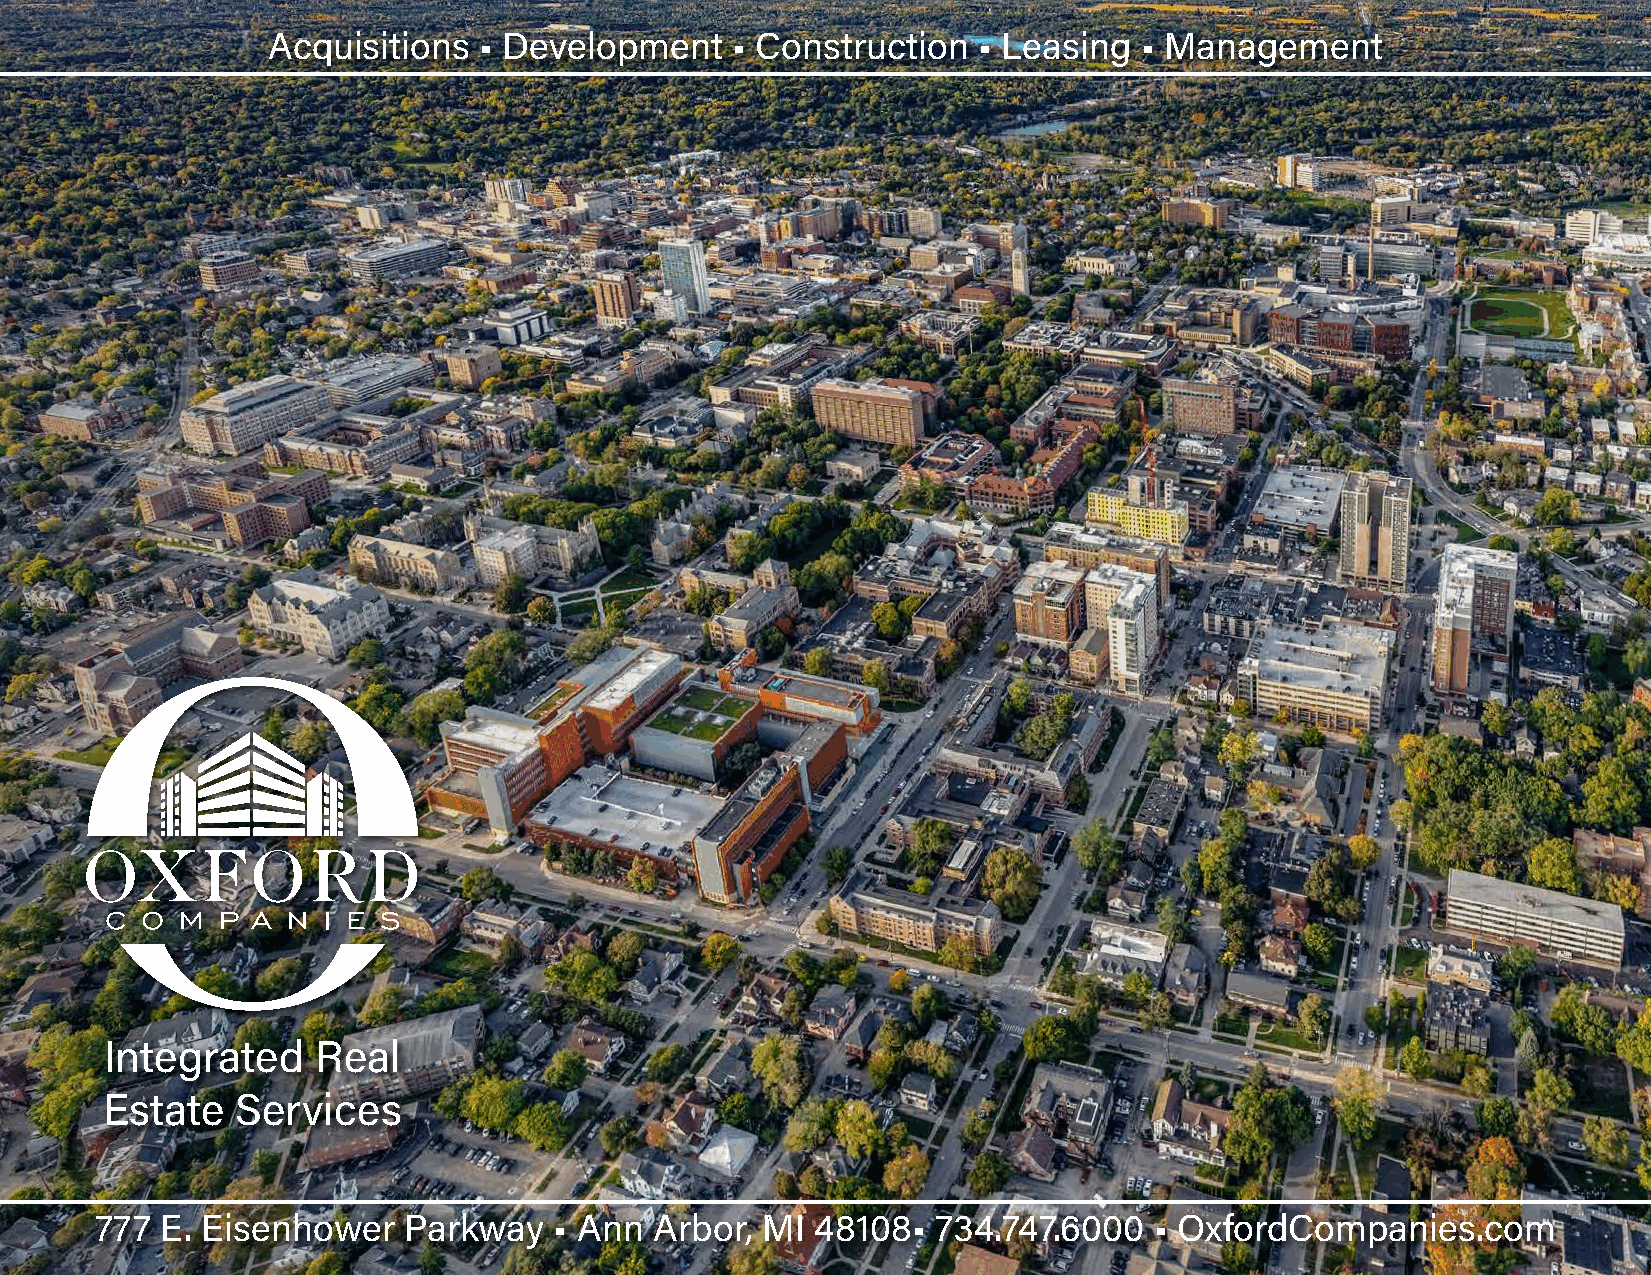
Acquisitions  • Development   • Construction   • Leasing  • Management
 Integrated    Real
 Estate   Services
 1
 777  E. Eisenhower   Parkway   • Ann Arbor, MI  48108•  734.747.6000  • OxfordCompanies.com